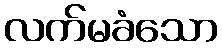
လက်မခံသော